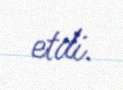
etdi.